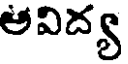
అవిద్య